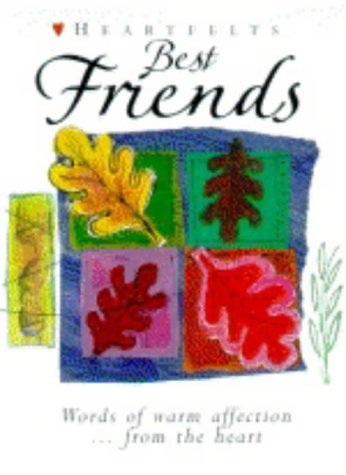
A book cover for Best Friends: Words of Warm Affection from the Heart (Heartfelts); Lion Hudson UK; Self-Help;